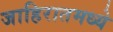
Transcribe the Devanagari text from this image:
जाहिरातमध्ये